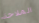
الملاحة